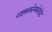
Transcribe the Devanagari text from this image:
राइककोन्कोरडेट